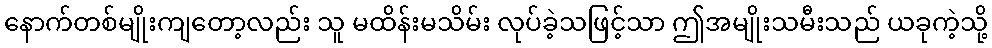
နောက်တစ်မျိုးကျတော့လည်း သူ မထိန်းမသိမ်း လုပ်ခဲ့သဖြင့်သာ ဤအမျိုးသမီးသည် ယခုကဲ့သို့